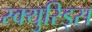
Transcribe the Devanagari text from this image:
स्क्युरिड्स